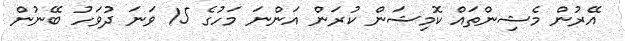
އޭރުން މެޝިންތައް ކޮމިޝަން ކުރަން އަންނަ މަހުގެ 15 ވަނަ ދުވަހު ބޭނުން